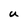
Character: U